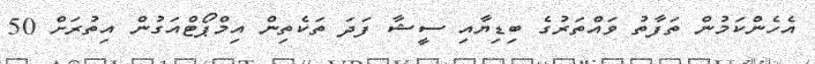
އެހެންކަމުން ތަފާތު ވައްތަރުގެ ބިޑިޔާއި ސީޝާ ފަދަ ތަކެތިން އިމްޕޯޓްއަގުން އިތުރަށް 50